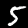
Label: 5